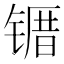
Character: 𫠀